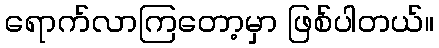
ရောက်လာကြတော့မှာ ဖြစ်ပါတယ်။